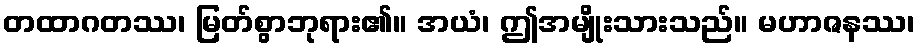
တထာဂတဿ၊ မြတ်စွာဘုရား၏။ အယံ၊ ဤအမျိုးသားသည်။ မဟာဇနဿ၊